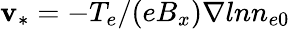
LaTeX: {\mathbf v}_{*}=-T_{e}/(eB_{x})\nabla lnn_{e0}